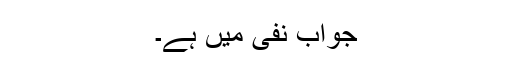
جواب نفی میں ہے۔